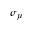
\sigma _ { \mu }